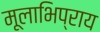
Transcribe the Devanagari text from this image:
मूलाभिप्राय